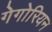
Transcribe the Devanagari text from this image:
गेगोरियन